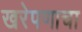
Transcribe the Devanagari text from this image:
खरेपणाचा